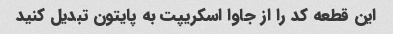
این قطعه کد را از جاوا اسکریپت به پایتون تبدیل کنید